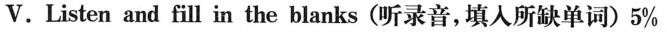
V.Listen and fill in the blanks (听录音,填人所缺单词)5%